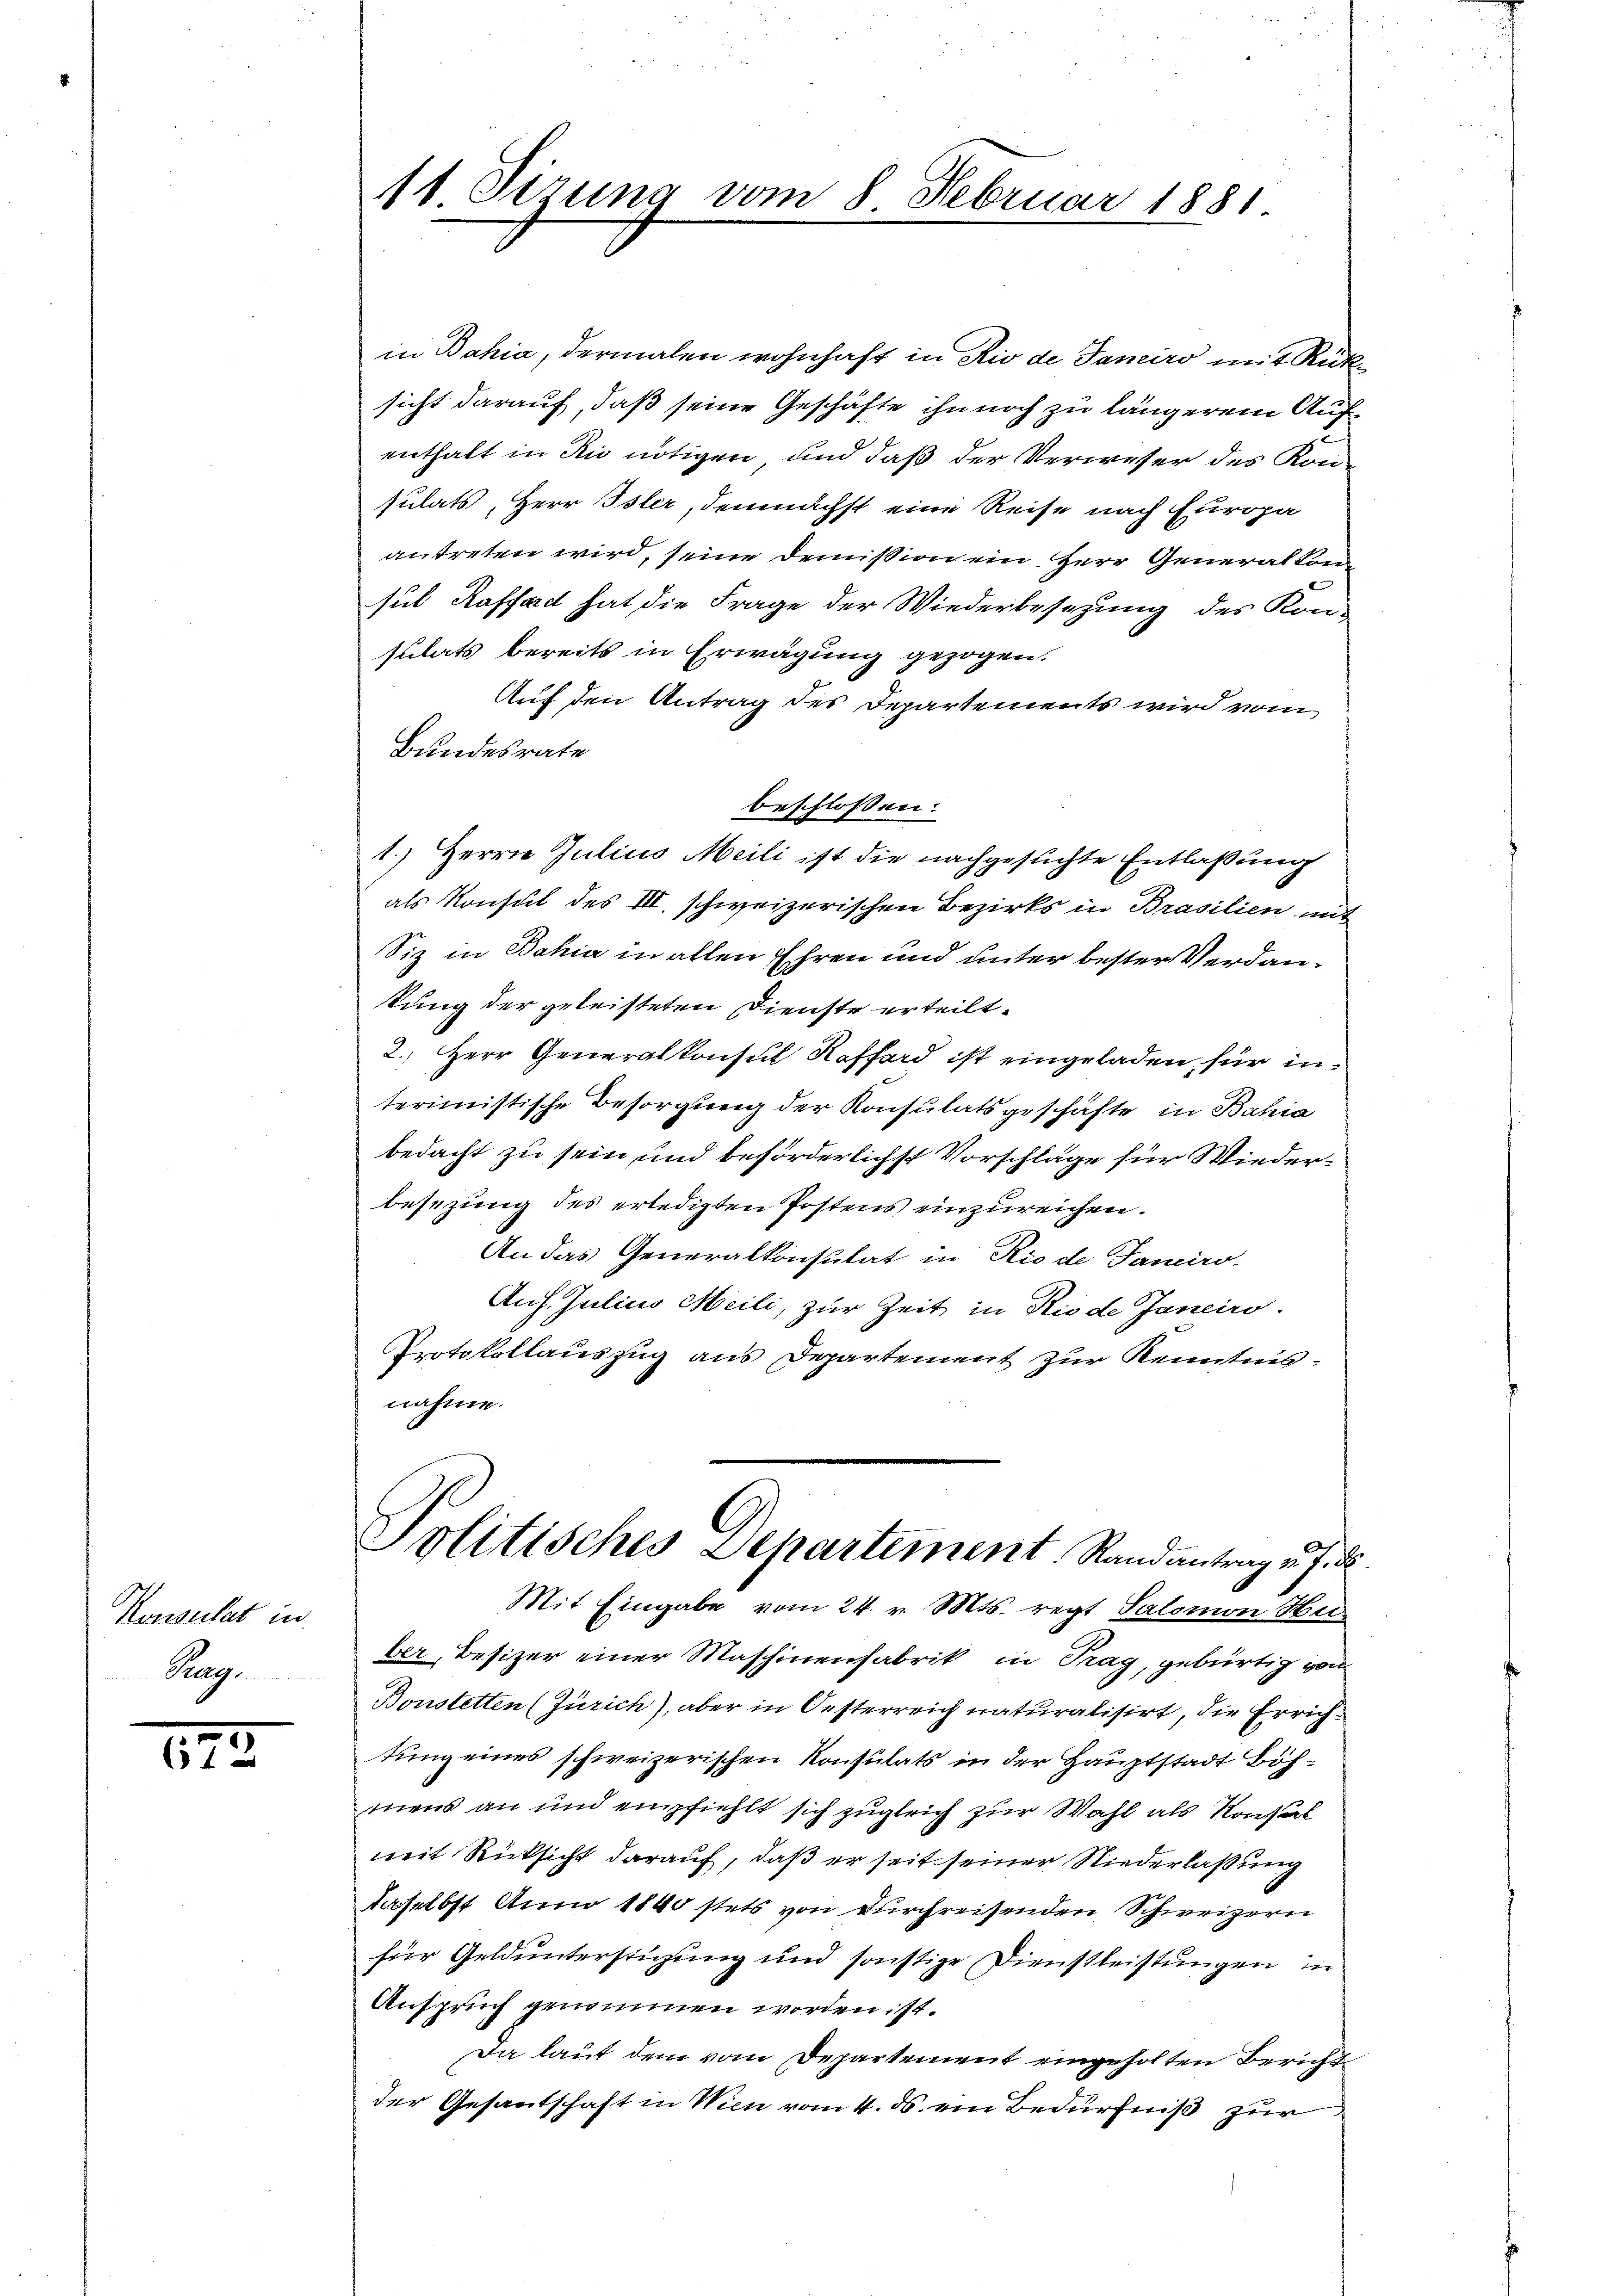
Konsulat in
Prag.

173

11 Sirung vom 8. Februar 1881

in Bahia, dermalen wohnhaft in Rio de Janeiro mit Rüksicht darauf, daß seine Geschäfte ihn noch zu längerem Aufenthalt in die nötigen und daß der Verweser des Konsulats, Herr Isler, demnächst eine Reise nach Europa
antreten wird, seine Demission ein. Herr Generalkon
sul Kaffad hat die Frage der Wiederbesezung des Kon-
sulats bereits in Erwägung gezogen.
Auf den Antrag des Departements wird vom
Bundesrate
beschlossen:
1.) Herrn Julius Meili ist die nachgesuchte Entlaßung
als Konsul des III. schweizerischen Bezirks in Brasilien mit
Siz in Bahia in allen Ehren und unter bester Verdantung der geleisteten Dienste erteilt.
2. Herr Generalkonsul Koffard ist eingeladen, für in
terimistische Besorgung der Konsulatsgeschäfte in Bahia
bedacht zu sein und beförderlichst Vorschläge für Wiederbesezung des erledigten Postens einzureichen.
An das Generalkonsulat in Rio de Janeiro-
Auf. Julius Meili, zur Zeit in Rio de Janeiro
Protokollauszug aus Departement zur Kenntnis.
nahme.
Politisches Departement, Randantrag u. s.
Mit Eingabe vom 24. v. Mts. regt Salomon Heiber, Besizer einer Maschinenfabrik in Trag, gebürtig von
Bonstetten (Zürich), aber in Oesterreich naturalisirt, die Errichtung eines schweizerischen Konsulats in der Hauptstadt Böhmens an und empfiehlt sich zugleich zur Wahl als Konsul
mit Rücksicht darauf, daß er seit seiner Niederlaßung
daselbst Anno 1840 stets von durchreisenden Schweizern
für Geld unterstüzung und sonstige Dienstleistungen in
Anspruch genommen worden ist.
Da laut dem vom Departement eingeholten Bericht
der Gesantschaft in Wien vom 4. ds. ein Bedürfniß zur